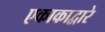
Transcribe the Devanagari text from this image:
एकाकाद्वारे